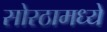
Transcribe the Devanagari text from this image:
सोरठामध्ये